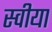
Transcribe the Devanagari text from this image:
स्वीया